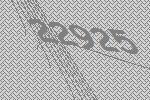
22925